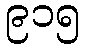
၉၁၅